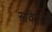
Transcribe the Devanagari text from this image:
सविताही